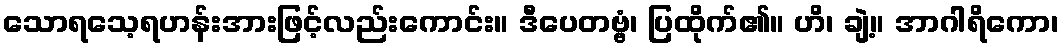
သောရသေ့ရဟန်းအားဖြင့်လည်းကောင်း။ ဒီပေတဗ္ဗံ၊ ပြထိုက်၏။ ဟိ၊ ချဲ့။ အာဂါရိကော၊